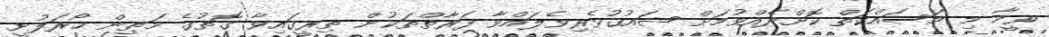
ވީމާ މި މަސައްކަތް ކޮށްދެއްވުމަށް ޝައުޤުވެރިވެލައްވާ ފަރާތްތަކުން ތިރީގައިވާ ގޮތުގެ މަތިން ހޯރަފުށީ